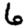
Digit: 6